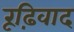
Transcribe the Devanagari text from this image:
रूढ़िवाद